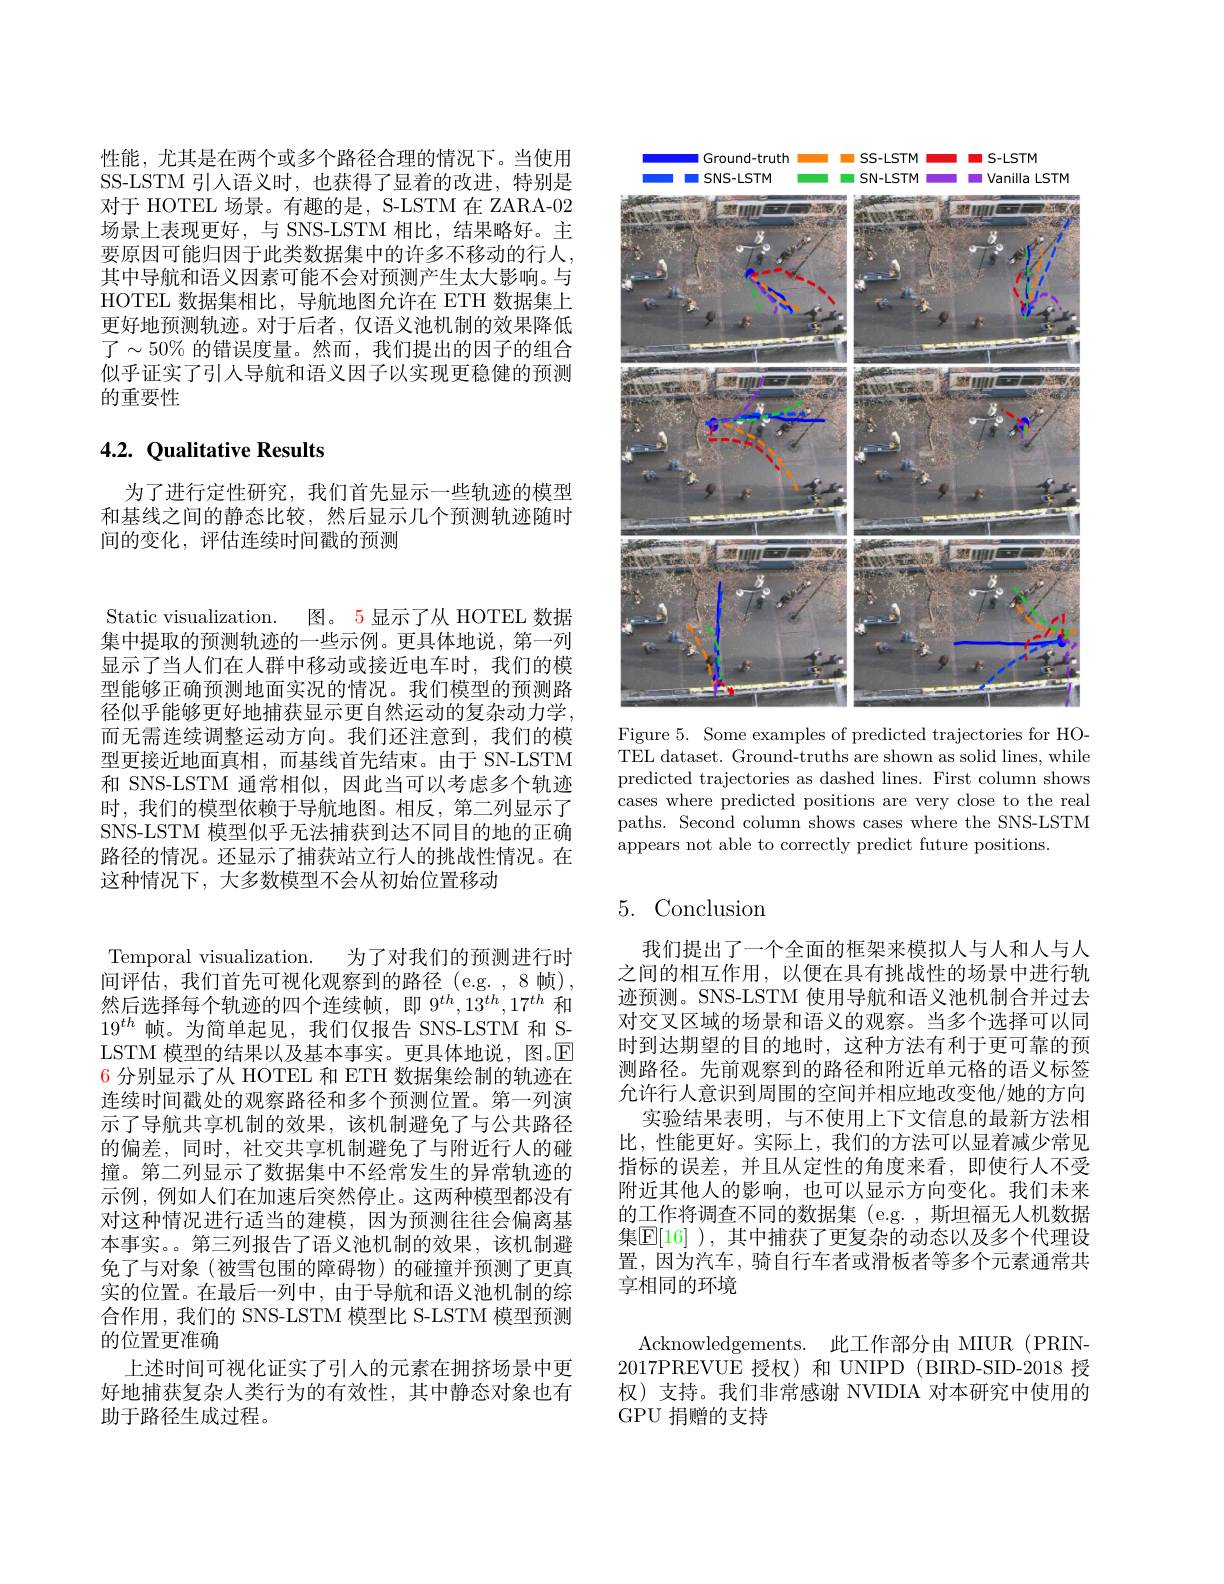
性能，尤其是在两个或多个路径合理的情况下。当使用SS-LSTM 引人语义时，也获得了显着的改进，特别是对于 HOTEL 场景。有趣的是，S-LSTM 在 ZARA-02场景上表现更好，与 SNS-LSTM 相比，结果略好。主要原因可能归因于此类数据集中的许多不移动的行人， 其中导航和语义因素可能不会对预测产生太大影响。与HOTEL 数据集相比，导航地图允许在 ETH 数据集上更好地预测轨迹。对于后者，仅语义池机制的效果降低了$\sim50\%$ 的错误度量。然而，我们提出的因子的组合似乎证实了引人导航和语义因子以实现更稳健的预测的重要性

## 4.2. Qualitative Results

为了进行定性研究，我们首先显示一些轨迹的模型和基线之间的静态比较，然后显示几个预测轨迹随时间的变化，评估连续时间戳的预测

<FigureHere>

Figure 5. Some examples of predicted trajectories for HOTEL dataset. Ground-truths are shown as solid lines, while predicted trajectories as dashed lines. First column shows cases where predicted positions are very close to the real paths. Second column shows cases where the SNS-LSTM appears not able to correctly predict future positions.

Static visualization. 图。5 显示了从 HOTEL 数据集中提取的预测轨迹的一些示例。更具体地说，第一列显示了当人们在人群中移动或接近电车时，我们的模型能够正确预测地面实况的情况。我们模型的预测路径似乎能够更好地捕获显示更自然运动的复杂动力学， 而无需连续调整运动方向。我们还注意到，我们的模型更接近地面真相，而基线首先结束。由于 SN-LSTM 和 SNS-LSTM 通常相似，因此当可以考虑多个轨迹时，我们的模型依赖于导航地图。相反，第二列显示了SNS-LSTM 模型似乎无法捕获到达不同目的地的正确路径的情况。还显示了捕获站立行人的挑战性情况。在这种情况下，大多数模型不会从初始位置移动

Temporal visualization. 为了对我们的预测进行时间评估，我们首先可视化观察到的路径(e.g.,8 帧), 然后选择每个轨迹的四个连续帧，即$9^th,13^{th},17^{th}$和$19^{th}$帧。为简单起见，我们仅报告 SNS-LSTM 和 SLSTM 模型的结果以及基本事实。更具体地说，图。$\overline{\mathrm{E}}$ 6 分别显示了从 HOTEL 和 ETH 数据集绘制的轨迹在连续时间戳处的观察路径和多个预测位置。第一列演示了导航共享机制的效果，该机制避免了与公共路径的偏差，同时，社交共享机制避免了与附近行人的碰撞。第二列显示了数据集中不经常发生的异常轨迹的示例，例如人们在加速后突然停止。这两种模型都没有对这种情况进行适当的建模，因为预测往往会偏离基本事实。第三列报告了语义池机制的效果，该机制避免了与对象(被雪包围的障碍物)的碰撞并预测了更真实的位置。在最后一列中，由于导航和语义池机制的综合作用，我们的 SNS-LSTM 模型比 S-LSTM 模型预测的位置更准确
上述时间可视化证实了引人的元素在拥挤场景中更好地捕获复杂人类行为的有效性，其中静态对象也有助于路径生成过程。

# 5.Conclusion

我们提出了一个全面的框架来模拟人与人和人与人之间的相互作用，以便在具有挑战性的场景中进行轨迹预测。SNS-LSTM 使用导航和语义池机制合并过去对交叉区域的场景和语义的观察。当多个选择可以同时到达期望的目的地时，这种方法有利于更可靠的预测路径。先前观察到的路径和附近单元格的语义标签允许行人意识到周围的空间并相应地改变他/她的方向
实验结果表明，与不使用上下文信息的最新方法相比，性能更好。实际上，我们的方法可以显着减少常见指标的误差，并且从定性的角度来看，即使行人不受附近其他人的影响，也可以显示方向变化。我们未来的工作将调查不同的数据集 (e.g.,斯坦福无人机数据集$\mathbb{E}[16]$ ), 其中捕获了更复杂的动态以及多个代理设置，因为汽车，骑自行车者或滑板者等多个元素通常共享相同的环境

Acknowledgements.此工作部分由 MIUR (PRIN- 2017PREVUE 授权)和 UNIPD (BIRD-SID-2018 授权)支持。我们非常感谢 NVIDIA 对本研究中使用的GPU 捐赠的支持